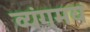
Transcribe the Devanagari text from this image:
व्यंगमय